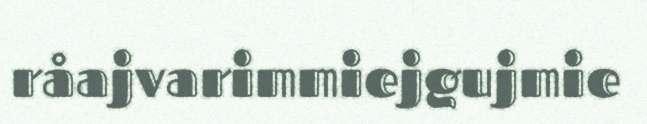
råajvarimmiejgujmie